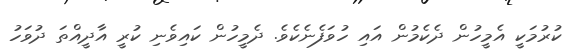
ކުރުމަކީ އެމީހުން ދެކެމުން އައި ހުވަފެނެކެވެ. ދެމީހުން ކައިވެނި ކުރީ އާދީއްތަ ދުވަހު